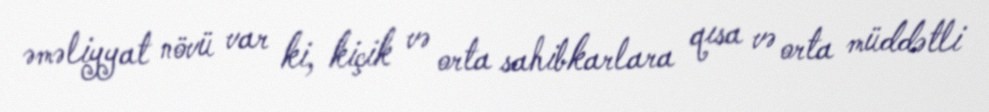
əməliyyat növü var ki, kiçik və orta sahibkarlara qısa və orta müddətli